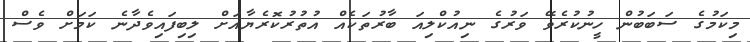
މިކަމުގެ ސަބަބުން ހީނުކުރެވޭ ވަރުގެ ނިއުކްލިއަ ބާރުތަކެއް އުތުރުކޮރެޔާއަށް ލިބިފައިވެދާނެ ކަމަށް ވެސް